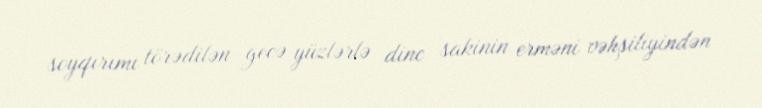
soyqırımı törədilən gecə yüzlərlə dinc sakinin erməni vəhşiliyindən